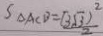
S _ { \Delta A C B } = \frac { ( 3 \sqrt { 3 } ) ^ { 2 } } { 2 }